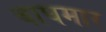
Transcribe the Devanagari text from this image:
बाघमार